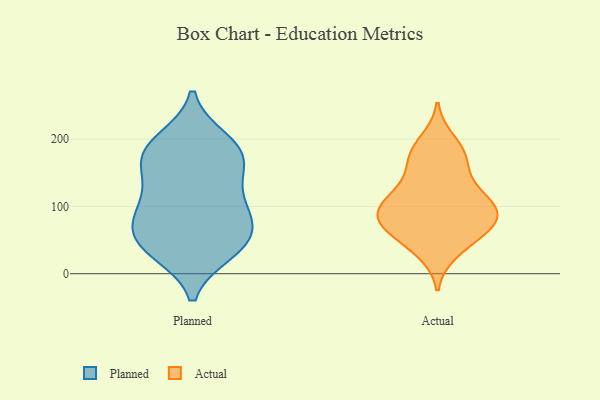
{"axis": {"x": "Active Users", "y": "Value"}, "legend": ["Actual", "Planned"], "data": [{"x": "", "y": 32, "type": "Planned"}, {"x": "", "y": 195, "type": "Planned"}, {"x": "", "y": 73, "type": "Planned"}, {"x": "", "y": 108, "type": "Planned"}, {"x": "", "y": 84, "type": "Planned"}, {"x": "", "y": 85, "type": "Planned"}, {"x": "", "y": 137, "type": "Planned"}, {"x": "", "y": 162, "type": "Planned"}, {"x": "", "y": 110, "type": "Planned"}, {"x": "", "y": 199, "type": "Planned"}, {"x": "", "y": 168, "type": "Planned"}, {"x": "", "y": 175, "type": "Planned"}, {"x": "", "y": 180, "type": "Planned"}, {"x": "", "y": 50, "type": "Planned"}, {"x": "", "y": 41, "type": "Planned"}, {"x": "", "y": 57, "type": "Planned"}, {"x": "", "y": 33, "type": "Planned"}, {"x": "", "y": 180, "type": "Actual"}, {"x": "", "y": 129, "type": "Actual"}, {"x": "", "y": 96, "type": "Actual"}, {"x": "", "y": 41, "type": "Actual"}, {"x": "", "y": 64, "type": "Actual"}, {"x": "", "y": 177, "type": "Actual"}, {"x": "", "y": 32, "type": "Actual"}, {"x": "", "y": 197, "type": "Actual"}, {"x": "", "y": 63, "type": "Actual"}, {"x": "", "y": 73, "type": "Actual"}, {"x": "", "y": 75, "type": "Actual"}, {"x": "", "y": 96, "type": "Actual"}, {"x": "", "y": 114, "type": "Actual"}, {"x": "", "y": 147, "type": "Actual"}, {"x": "", "y": 109, "type": "Actual"}, {"x": "", "y": 88, "type": "Actual"}, {"x": "", "y": 79, "type": "Actual"}, {"x": "", "y": 169, "type": "Actual"}, {"x": "", "y": 102, "type": "Actual"}]}